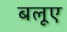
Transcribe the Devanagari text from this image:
बलूए